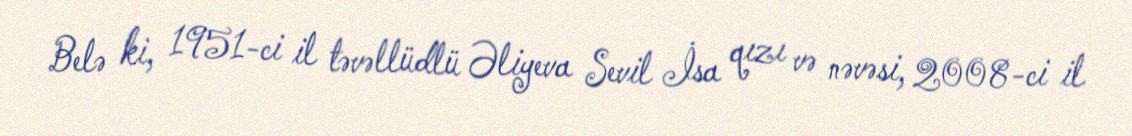
Belə ki, 1951-ci il təvəllüdlü Əliyeva Sevil İsa qızı və nəvəsi, 2008-ci il